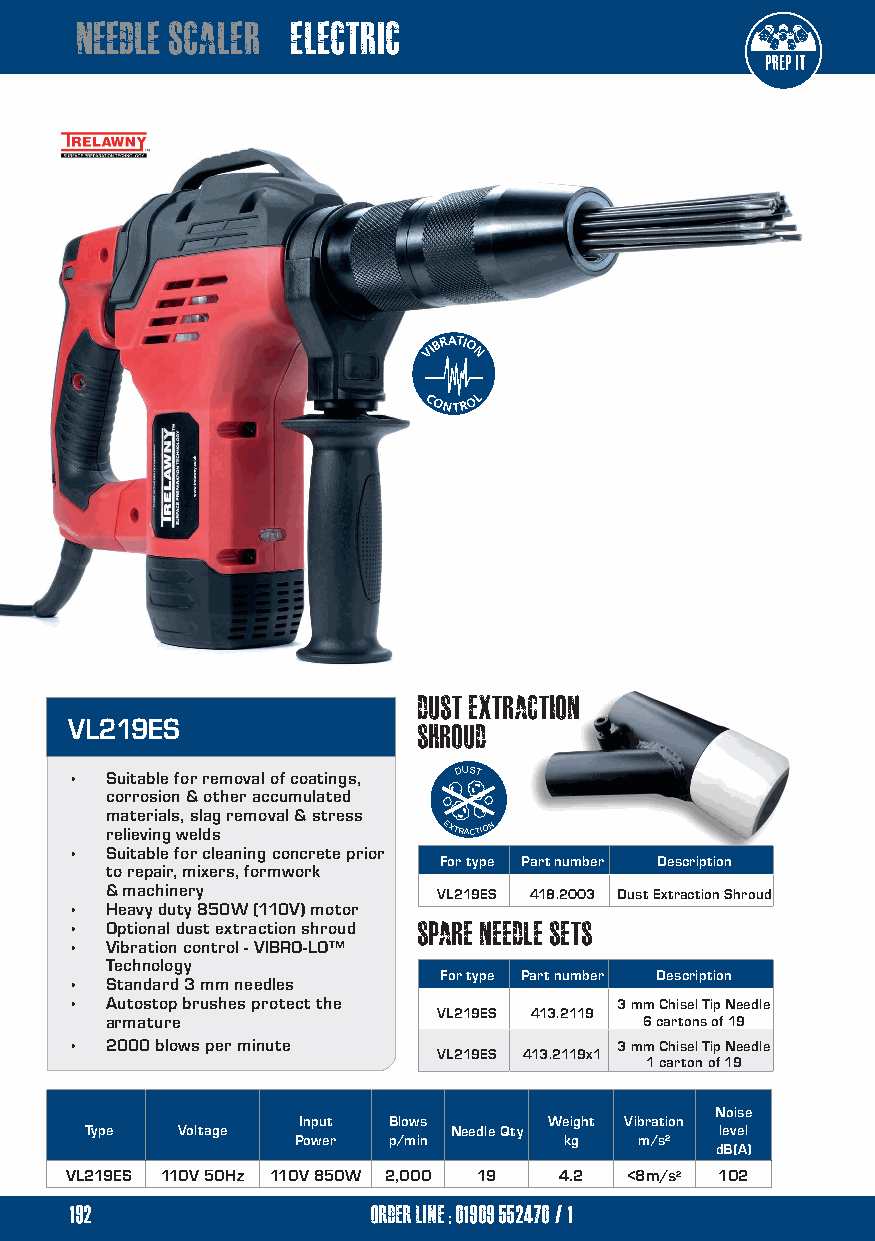
needle scaler electric
 VIBRATIO
 N
 CONTROL
 Spare Needle Sets
 Dust Extraction
 VL219ES                 Shroud
 • Suitable for removal of coatings, DUST
 corrosion & other accumulated                                        scabblers
 materials, slag removal & stress
 relieving welds       EXTRACTION
 • Suitable for cleaning concrete prior
 For type Part number Description
 to repair, mixers, formwork
 & machinery           VL219ES 418.2003 Dust Extraction Shroud
 • Heavy duty 850W (110V) motor
 • Optional dust extraction shroud spare needle sets
 • Vibration control - VIBRO-LO™
 Technology
 For type Part number Description
 • Standard 3 mm needles
 • Autostop brushes protect the      3 mm Chisel Tip Needle
 VL219ES 413.2119
 armature                           6 cartons of 19
 • 2000 blows per minute             3 mm Chisel Tip Needle
 VL219ES 413.2119x1
 1 carton of 19
 Noise
 Input Blows     Weight Vibration
 Type  Voltage           Needle Qty        level
 Power p/min      kg   m/s²
 dB(A)
 VL219ES 110V 50Hz 110V 850W 2,000 19 4.2 <8m/s² 102
 192                 order line ; 01909 552470/1